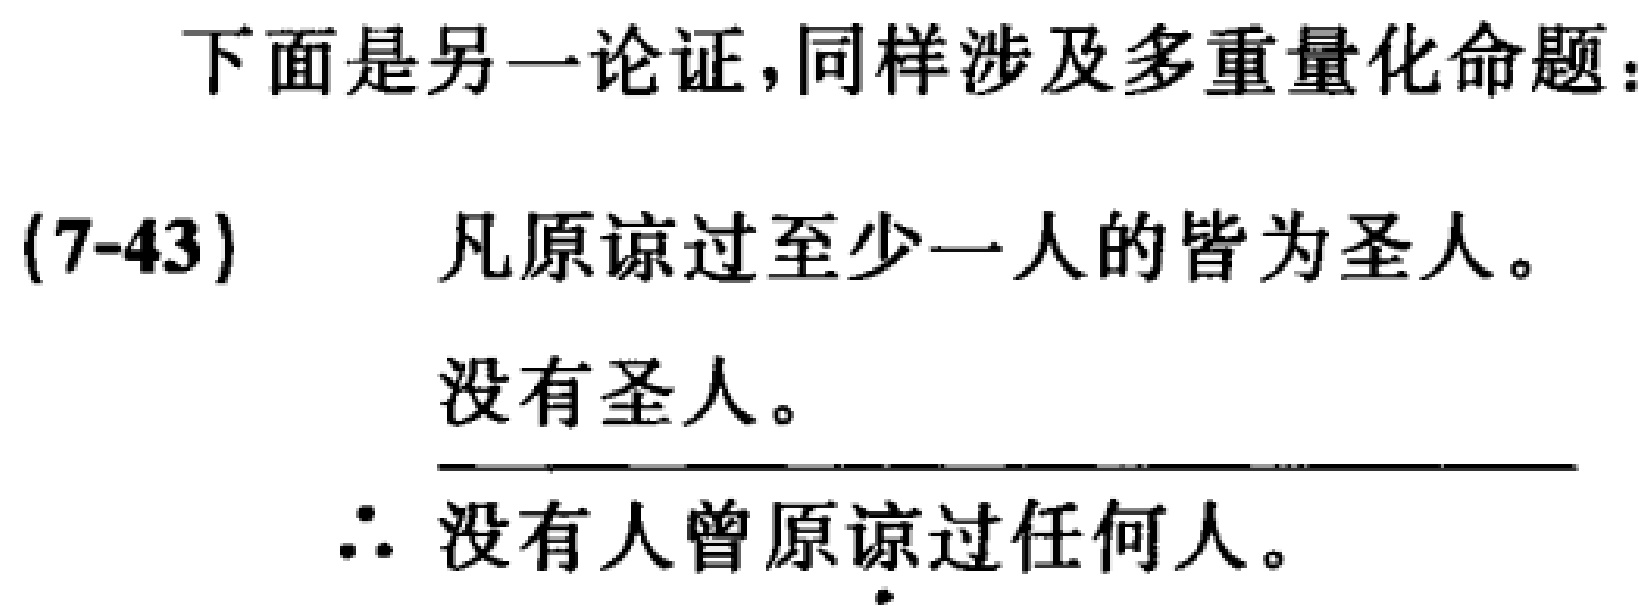
下面是另一论证，同样涉及多重量化命题：
(7-43) 凡原谅过至少一人的皆为圣人。
没有圣人。
\(\therefore\) 没有人曾原谅过任何人。